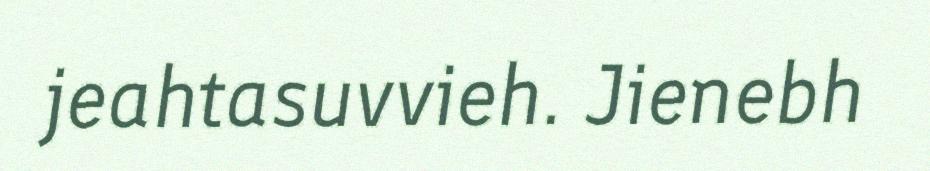
jeahtasuvvieh. Jienebh